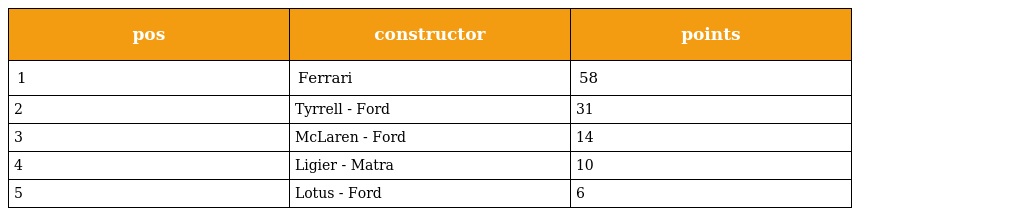
| pos | constructor | points |
 | --- | --- | --- |
 | 1 | Ferrari | 58 |
 | 2 | Tyrrell - Ford | 31 |
 | 3 | McLaren - Ford | 14 |
 | 4 | Ligier - Matra | 10 |
 | 5 | Lotus - Ford | 6 |